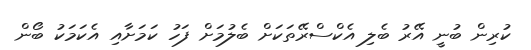
ކުރިން ބުނީ އޭރު ބެލި އެކްސްރޭތަކަށް ބެލުމަށް ފަހު ކަމަށާއި އެކަމަކު ބޯން